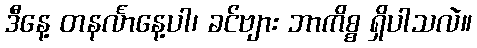
ဒီနေ့ တနင်္လာနေ့ပါ၊ ခင်ဗျား ဘာကိစ္စ ရှိပါသလဲ။